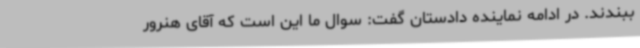
ببندند. در ادامه نماینده دادستان گفت: سوال ما این است که آقای هنرور